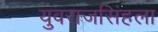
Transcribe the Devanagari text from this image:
युवराजसिंहला